画像に写った文字を読んでください
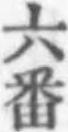
「六番」と書いてあります